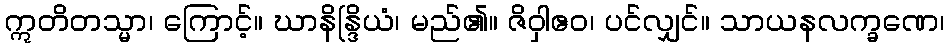
ဣတိတသ္မာ၊ ကြောင့်။ ဃာနိန္ဒြိယံ၊ မည်၏။ ဇိဝှါဧဝ၊ ပင်လျှင်။ သာယနလက္ခဏေ၊